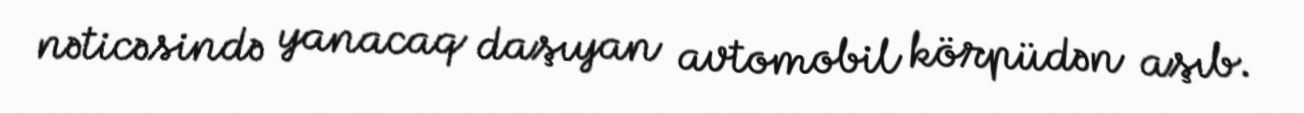
nəticəsində yanacaq daşıyan avtomobil körpüdən aşıb.